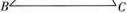
B C